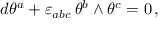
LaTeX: d \theta ^ { a } + \varepsilon _ { a b c } \, \theta ^ { b } \wedge \theta ^ { c } = 0 \, ,